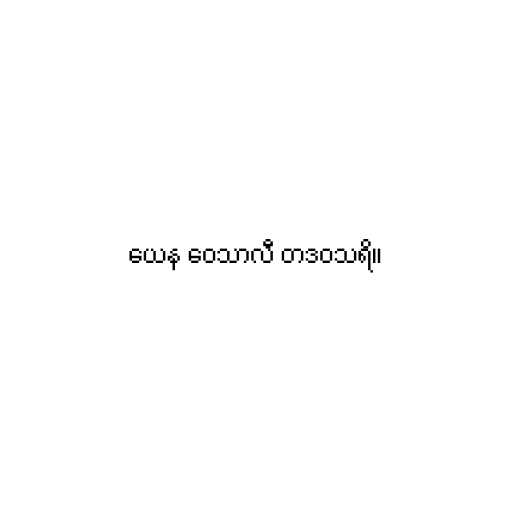
ယေန ဝေသာလီ တဒဝသရိ။